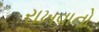
રાખવાનો